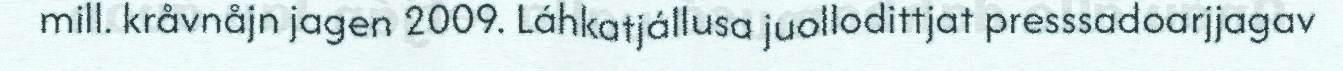
mill. kråvnåjn jagen 2009. Láhkatjállusa juollodittjat presssadoarjjagav